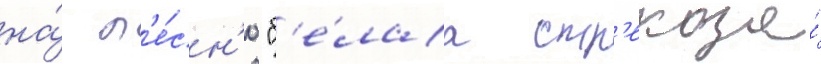
на́ п'е́сн'ю "б'е́лаа стр'екоза́